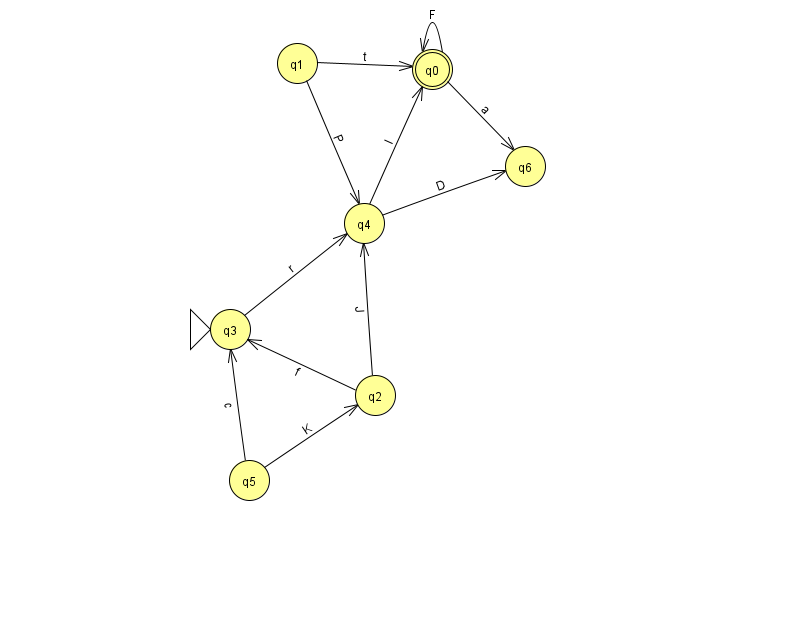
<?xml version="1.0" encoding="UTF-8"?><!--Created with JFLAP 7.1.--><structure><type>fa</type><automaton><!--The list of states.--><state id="0" name="q0"><x>432.0</x><y>56.0</y><final/></state><state id="1" name="q1"><x>297.0</x><y>50.0</y></state><state id="2" name="q2"><x>375.0</x><y>382.0</y></state><state id="3" name="q3"><x>230.0</x><y>316.0</y><initial/></state><state id="4" name="q4"><x>364.0</x><y>210.0</y></state><state id="5" name="q5"><x>249.0</x><y>467.0</y></state><state id="6" name="q6"><x>525.0</x><y>153.0</y></state><!--The list of transitions.--><transition><from>4</from><to>6</to><read>D</read></transition><transition><from>1</from><to>0</to><read>t</read></transition><transition><from>4</from><to>0</to><read>l</read></transition><transition><from>0</from><to>0</to><read>F</read></transition><transition><from>1</from><to>4</to><read>P</read></transition><transition><from>2</from><to>3</to><read>f</read></transition><transition><from>5</from><to>3</to><read>c</read></transition><transition><from>0</from><to>6</to><read>a</read></transition><transition><from>2</from><to>4</to><read>J</read></transition><transition><from>3</from><to>4</to><read>r</read></transition><transition><from>5</from><to>2</to><read>K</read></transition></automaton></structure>